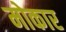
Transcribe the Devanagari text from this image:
मोकार